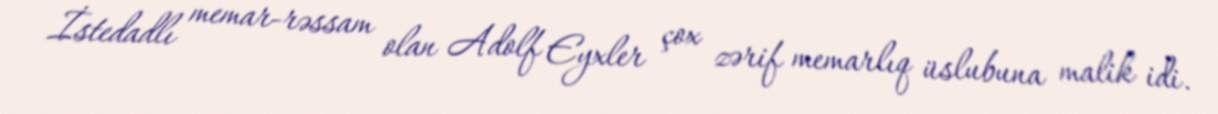
İstedadlı memar-rəssam olan Adolf Eyxler çox zərif memarlıq üslubuna malik idi.